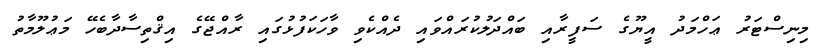
މިނިސްޓަރު ޢަހްމަދު އީޔޫގެ ސަފީރާއި ބައްދަލުކުރައްވައި ދެއްކެވި ވާހަކަފުޅުގައި ރާއްޖޭގެ އިޤްތިސާދާބެހޭ މަޢުލޫމާތު